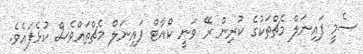
ސެމީ ފައިނަލް މެޗްތަކުގެ ކުރިން ރޭ ވަނީ ކްއާޓް ފައިނަލް މެޗްތައްވެސް ކުޅެފައެވެ.